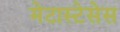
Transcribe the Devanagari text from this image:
मेटास्टेसेस